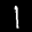
Label: 1